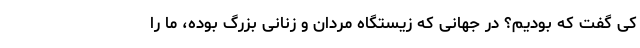
کی گفت که بودیم؟ در جهانی که زیستگاه مردان و زنانی بزرگ بوده، ما را